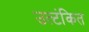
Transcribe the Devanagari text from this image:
उत्टंकित